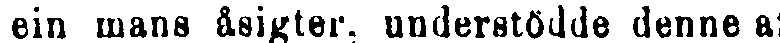
em mans åsigter, understödde denne af